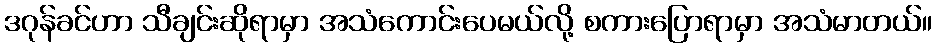
ဒဂုန်ခင်ဟာ သီချင်းဆိုရာမှာ အသံကောင်းပေမယ်လို့ စကားပြောရာမှာ အသံမာတယ်။